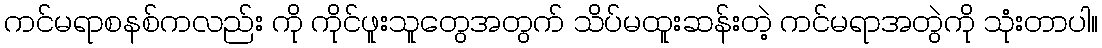
ကင်မရာစနစ်ကလည်း ကို ကိုင်ဖူးသူတွေအတွက် သိပ်မထူးဆန်းတဲ့ ကင်မရာအတွဲကို သုံးတာပါ။